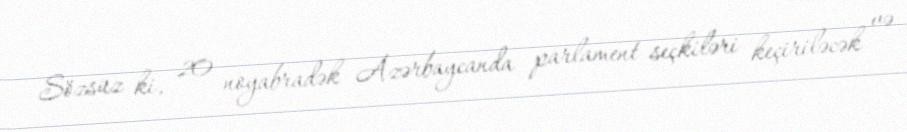
Sözsüz ki, 20 noyabradək Azərbaycanda parlament seçkiləri keçiriləcək və